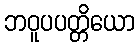
ဘဝူပပတ္တိယော